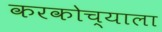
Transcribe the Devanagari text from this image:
करकोच्याला